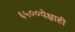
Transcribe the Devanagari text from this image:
६५००पेक्षाही